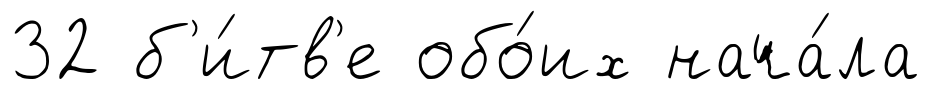
32 б'и́тв'е обо́их нача́ла